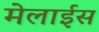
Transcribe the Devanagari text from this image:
मेलाईस